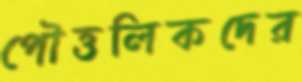
পৌত্তলিকদের